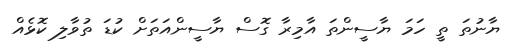
ޔާނުތަ ތީ ހަމަ ޔާސީންތަ އާމިރާ ގޮސް ޔާސީންއަތަށް ކުޑަ ތުވާލި ކޮޅެއް